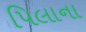
પિલાના